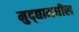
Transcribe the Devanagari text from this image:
मुद्द्यामधील